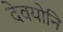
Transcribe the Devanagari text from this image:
देवयोनि